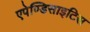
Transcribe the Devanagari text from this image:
एपेण्डिसाइटिस